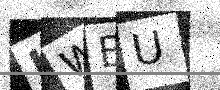
Text: LWBU